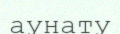
аунату